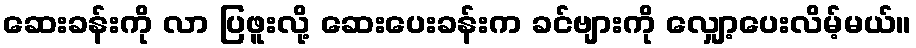
ဆေးခန်းကို လာ ပြဖူးလို့ ဆေးပေးခန်းက ခင်ဗျားကို လျှော့ပေးလိမ့်မယ်။